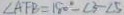
\angle A F B = 1 8 0 ^ { \circ } - \angle 3 - \angle 5